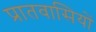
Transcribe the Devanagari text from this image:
प्रातवासियों